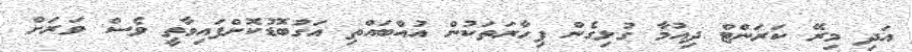
އަދި މިރޭ ކަރަންޓް ދިއުމާ ގުޅިގެން ފިހާރަތަކުން އުއްބައްތި އަގުބޮޑުކޮށްފައިވާތީ ވެސް ވަރަށް